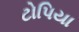
ટોપિયા